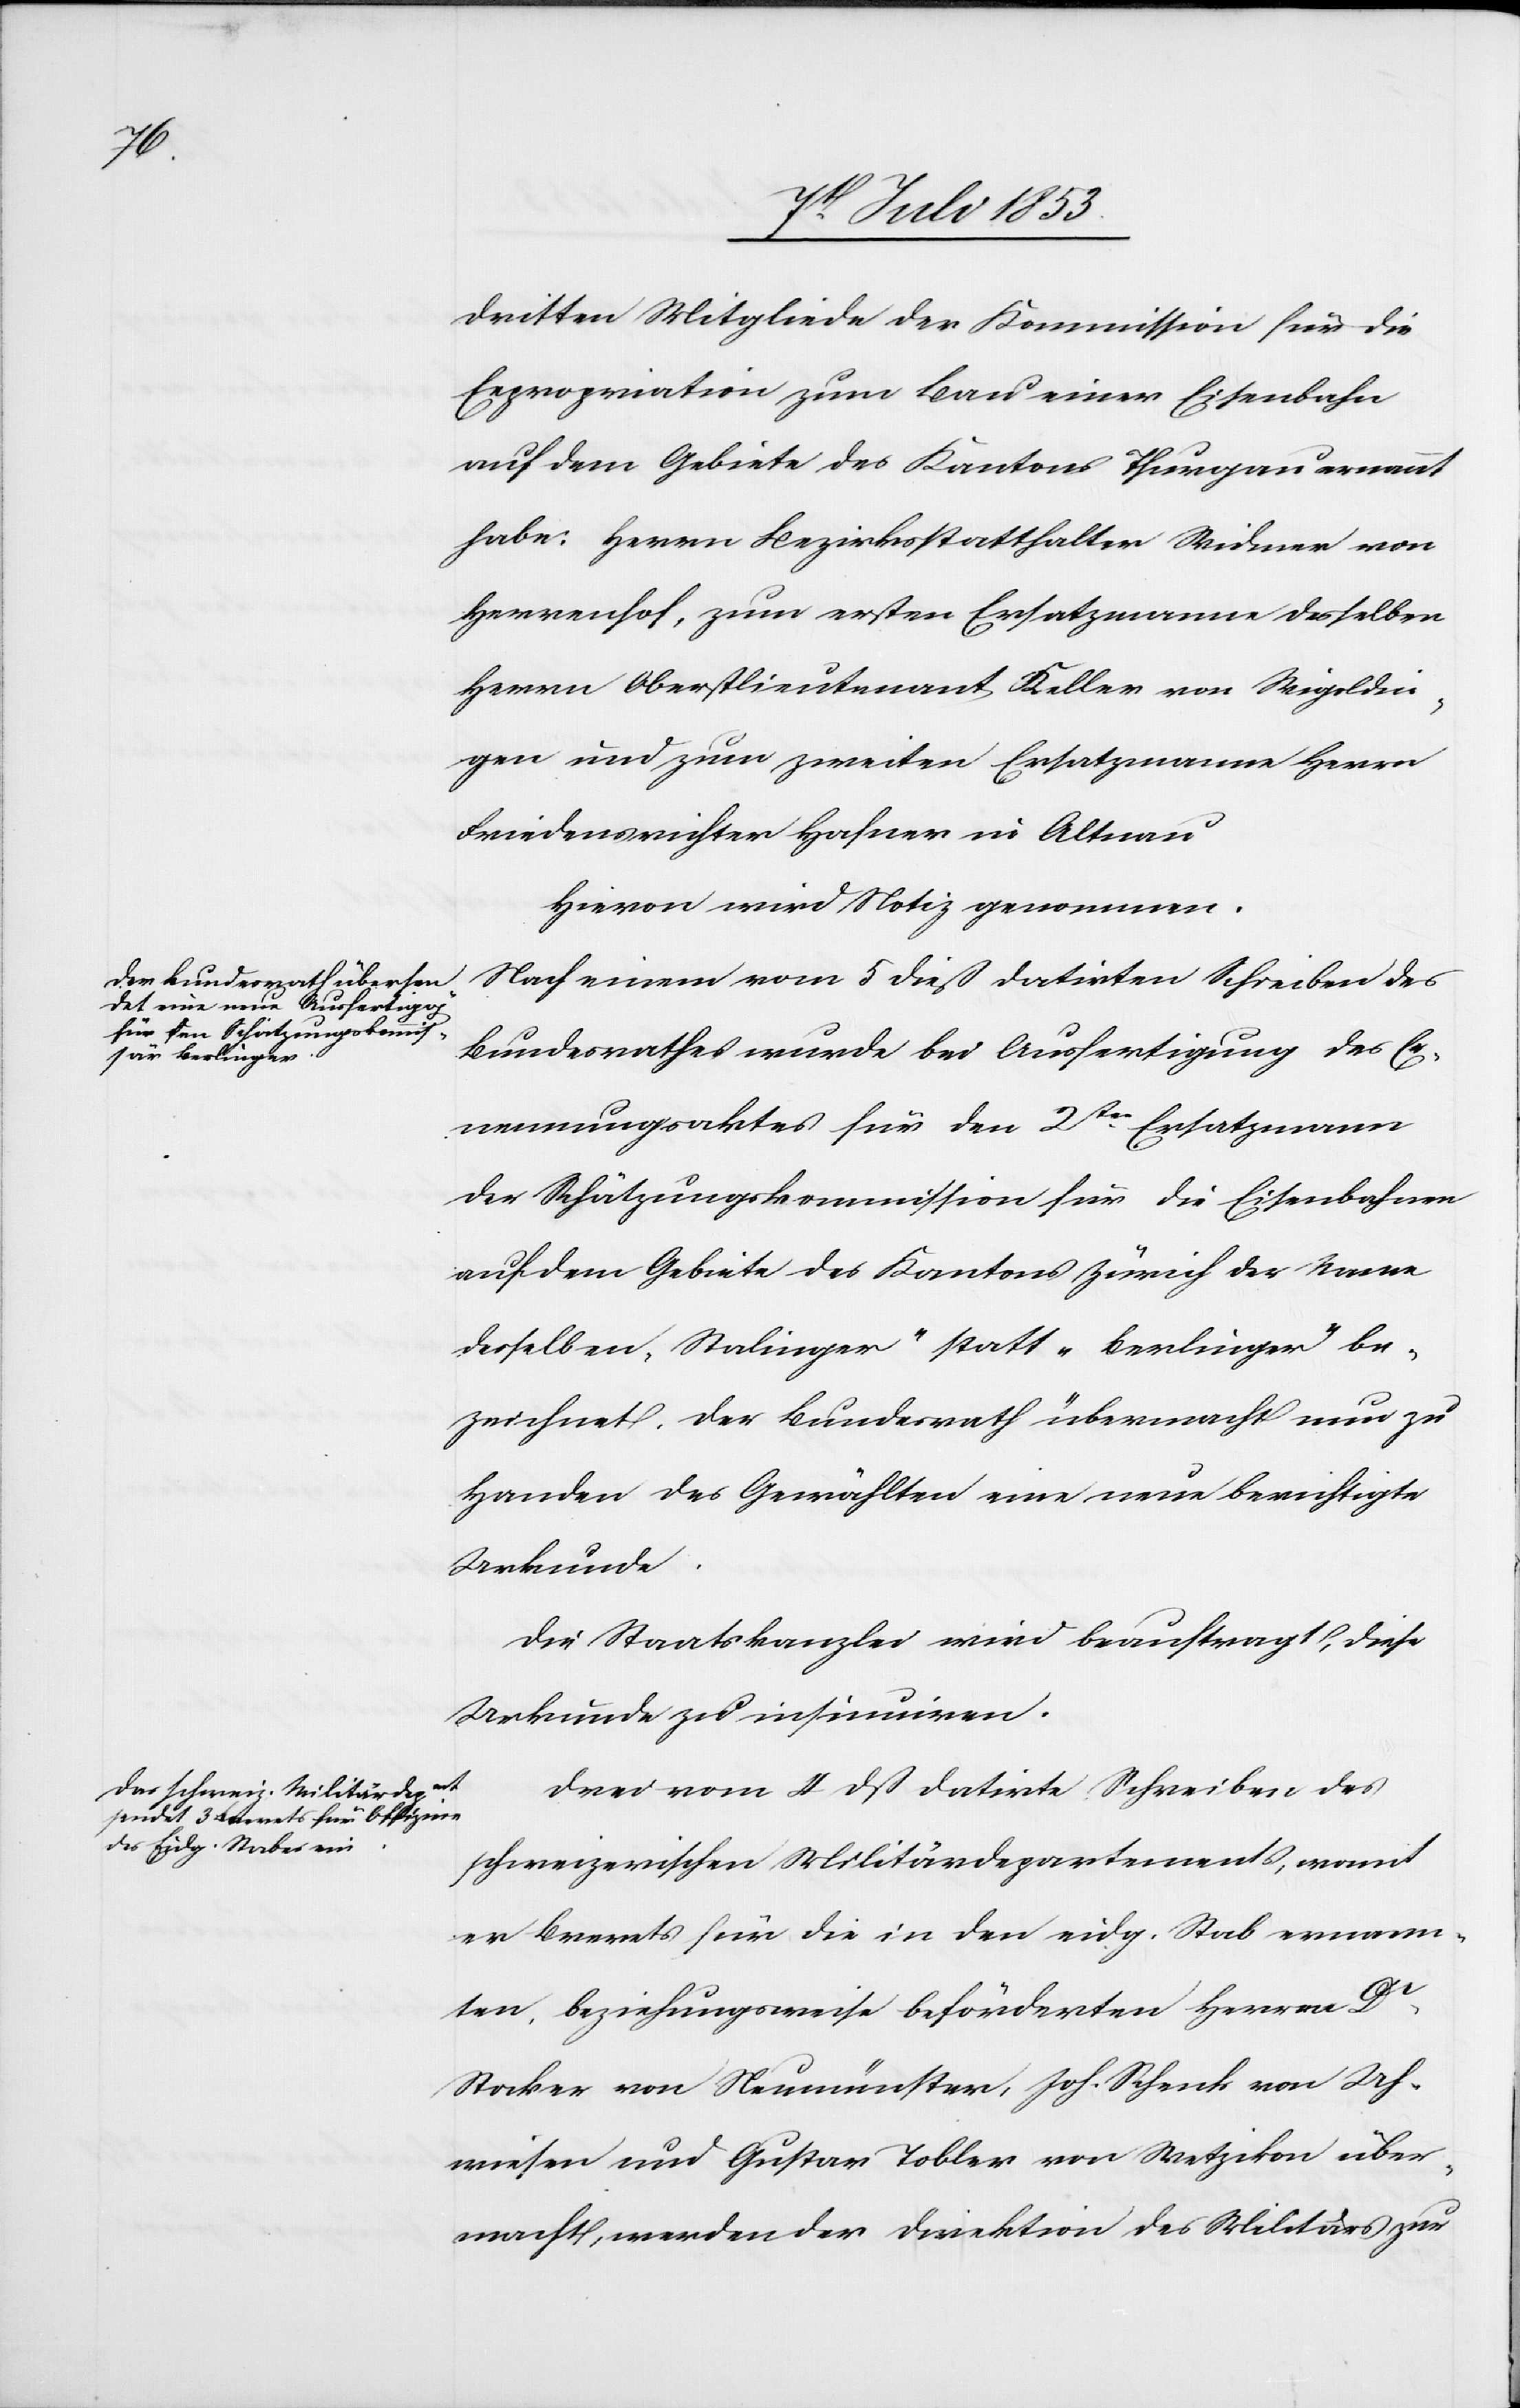
Nach einem vom 5 dieß datirten Schreiben des
Bundesrathes wurde bei Ausfertigung des Er¬
nennungsaktes für den 2ten Ersatzmann
der Schätzungskommission für die Eisenbahn
auf dem Gebiete des Kantons Zürich der Name
desselben, „Stalinger“ statt „Berlinger“ be¬
zeichnet. Der Bundesrath übermacht nun zu
Handen des Gewählten eine neue berichtigte
Urkunde.
Die Staatskanzlei wird beauftragt, diese
Urkunde zu insinuiren.
Drei vom 4 dß datirte Schreiben des
schweizerischen Militärdepartements, womit
er Brevets für die in den eidg. Stab ernann¬
ten, beziehungsweise beförderten Herren Dr
Stocker von Neumünster, Joh. Schenk von Uh¬
wiesen und Gustav Tobler von Wetzikon über¬
macht, werden der Direktion des Militärs zur